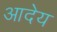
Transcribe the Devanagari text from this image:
आदेय